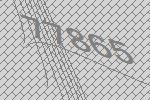
77865